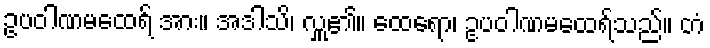
ဥပဝါဏမထေရ် အား။ အဒါသိ၊ လှူ၏။ ထေရော၊ ဥပဝါဏမထေရ်သည်။ တံ